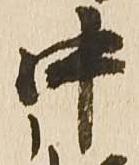
中